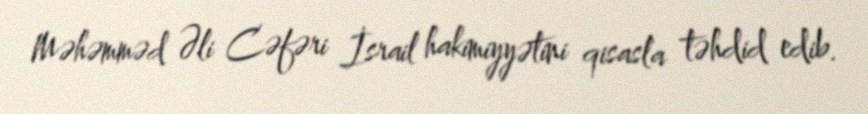
Məhəmməd Əli Cəfəri İsrail hakimiyyətini qisasla təhdid edib.